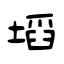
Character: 塪